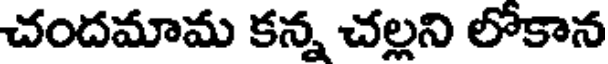
చందమామ కన్న చల్లని లోకాన